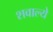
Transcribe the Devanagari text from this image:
शवाल्ये